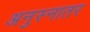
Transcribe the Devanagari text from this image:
अनुस्नातर